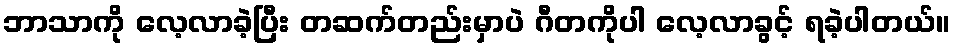
ဘာသာကို လေ့လာခဲ့ပြီး တဆက်တည်းမှာပဲ ဂီတကိုပါ လေ့လာခွင့် ရခဲ့ပါတယ်။